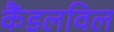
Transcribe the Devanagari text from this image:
कैंडलविल